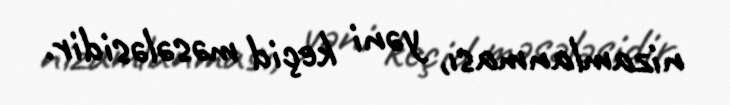
nizamlanması, yəni keçid məsələsidir.